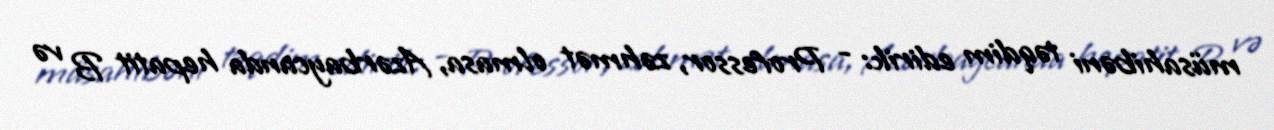
müsahibəni təqdim edirik: - Professor, zəhmət olmasa, Azərbaycanda hepatit B və